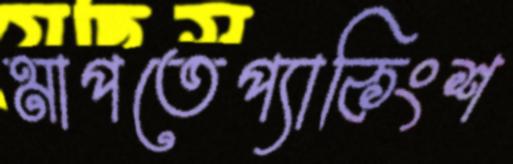
মাপতেপ্যাকিংশ